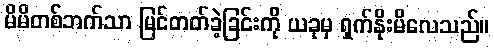
မိမိတစ်ဘက်သာ မြင်တတ်ခဲ့ခြင်းကို ယခုမှ ရှက်နိုးမိလေသည်။